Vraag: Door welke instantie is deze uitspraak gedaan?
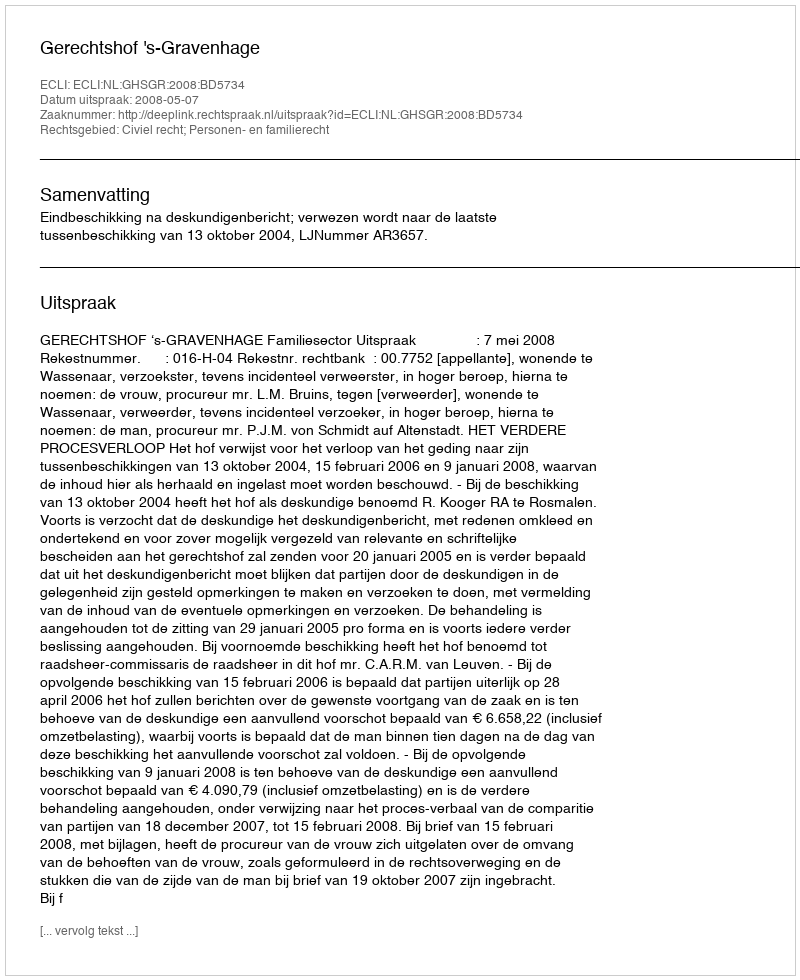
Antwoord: Gerechtshof 's-Gravenhage